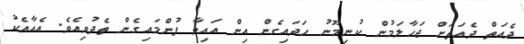
ދެއަތް ދެއަތަށް ޖަހާލަމުން ކުނިމޫނު ހަދައިގެން އިން އައިވާ ފުންމައިގެން ތެދުވިއެވެ. އެއާއެކު